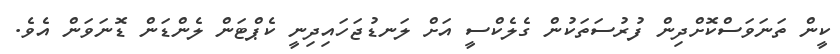
ކީން ތަނަވަސްކޮށްދިން ފުރުސަތަކުން ގެލެކްސީ އަށް ލަނޑުޖަހައިދިނީ ކެޕްޓަން ލެންޑަން ޑޮނަވަން އެވެ.